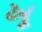
ખૂ